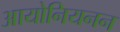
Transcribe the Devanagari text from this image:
आयोनियनन